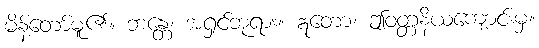
မိန့်တော်မူ၏။ ဘန္တေ၊ အရှင်ဘုရား။ ဣတော၊ ဤဝတ္တနိယကျောင်းမှ။